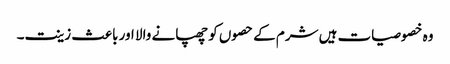
وہ خصوصیات ہیں شرم کے حصوں کو چھپانے والا اور باعث زینت۔